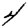
Digit: 4